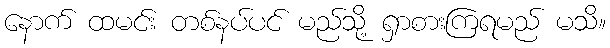
နောက် ထမင်း တစ်နပ်ပင် မည်သို့ ရှာစားကြရမည် မသိ။